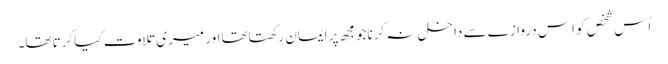
اُس شخص کو اِس دروازے سے داخل نہ کرناجومجھ پرایمان رکھتاتھااور میری تلاوت کیا کرتاتھا۔